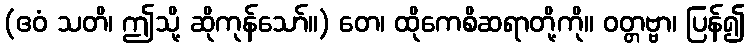
(ဧဝံ သတိ၊ ဤသို့ ဆိုကုန်သော်။) တေ၊ ထိုကေစိဆရာတို့ကို။ ဝတ္တဗ္ဗာ၊ ပြန်၍